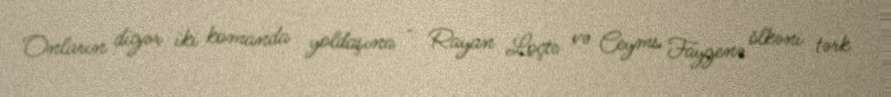
Onların digər iki komanda yoldaşına - Rayan Loçte və Ceyms Faygenə ölkəni tərk